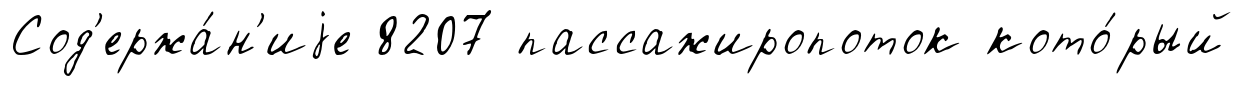
Сод'ержа́н'иjе 8207 пассажиропоток кото́рый